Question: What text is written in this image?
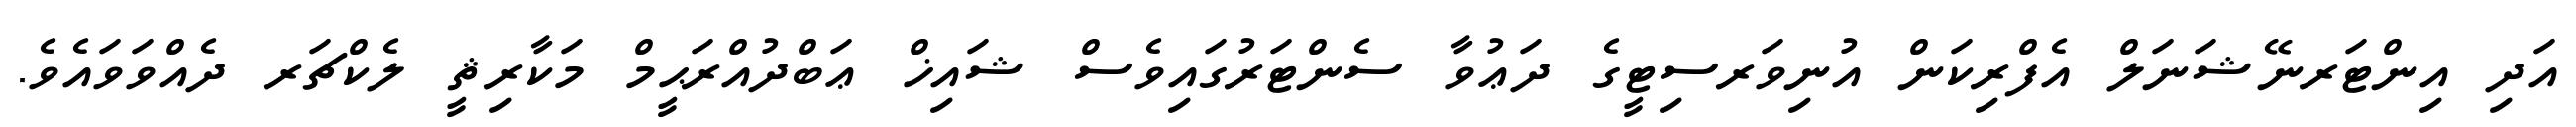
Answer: އަދި އިންޓަރނޭޝަނަލް އެފްރިކަން އުނިވަރސިޓީގެ ދަޢުވާ ސެންޓަރުގައިވެސް ޝައިޚް ޢަބްދުއްރަޙީމް މަކާރިޘީ ލެކްޗަރ ދެއްވަވައެވެ.